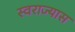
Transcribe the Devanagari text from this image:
स्वराज्यास